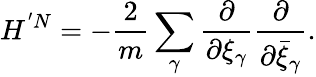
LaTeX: H^{'N}=-\frac{2}{m}\sum_{\gamma}\frac{\partial}{\partial\xi_{\gamma}}\frac{\partial}{\partial\bar{\xi}_{\gamma}}.